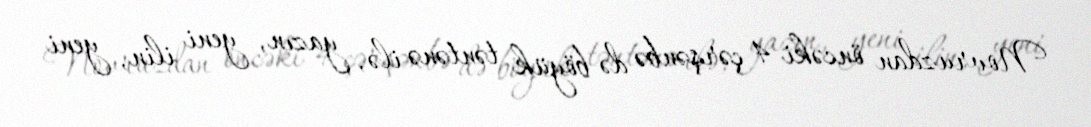
Novruzdan öncəki 4 çərşənbə də böyük təntənə ilə, yazın, yeni ilin, yeni